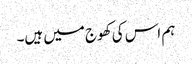
ہم اس کی کھوج میں ہیں۔